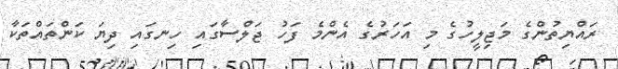
ރައްޔިތުންގެ މަޖިލީހުގެ މި އަހަރުގެ އެންމެ ފަހު ޖަލްސާގައި ހިނގައި ދިޔަ ކަންތައްތަކާ